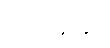
ဩဝမိတွာ